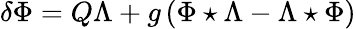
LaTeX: \delta\Phi=Q\Lambda+g\left(\Phi\star\Lambda-\Lambda\star\Phi\right)